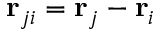
{ \bf r } _ { j i } = { \bf r } _ { j } - { \bf r } _ { i }